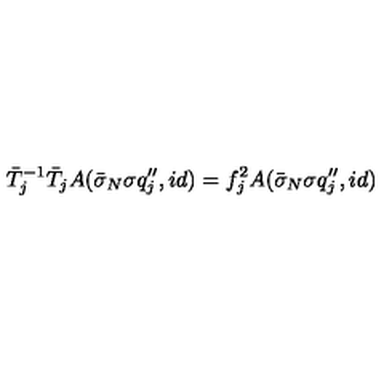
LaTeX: \bar { T } _ { j } ^ { - 1 } \bar { T } _ { j } A ( \bar { \sigma } _ { N } \sigma q _ { j } ^ { \prime \prime } , i d ) = f _ { j } ^ { 2 } A ( \bar { \sigma } _ { N } \sigma q _ { j } ^ { \prime \prime } , i d )